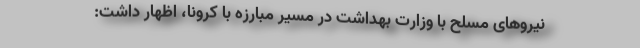
نیروهای مسلح با وزارت بهداشت در مسیر مبارزه با کرونا، اظهار داشت: